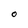
Character: O